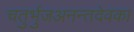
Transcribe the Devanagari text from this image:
चतुर्भुजअनन्तदेवका